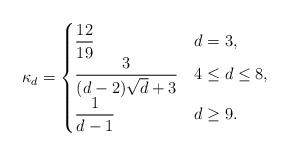
LaTeX: \begin{align*} \kappa_d= \begin{cases} \displaystyle{ \frac {12}{19} }& d=3,\\\displaystyle{ \frac 3{(d-2)\sqrt d +3} }& 4\leq d \leq 8,\\\displaystyle{\frac 1{d-1}} & d\geq 9. \end{cases} \end{align*}